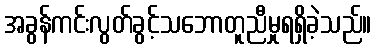
အခွန်ကင်းလွတ်ခွင့်သဘောတူညီမှုရရှိခဲ့သည်။